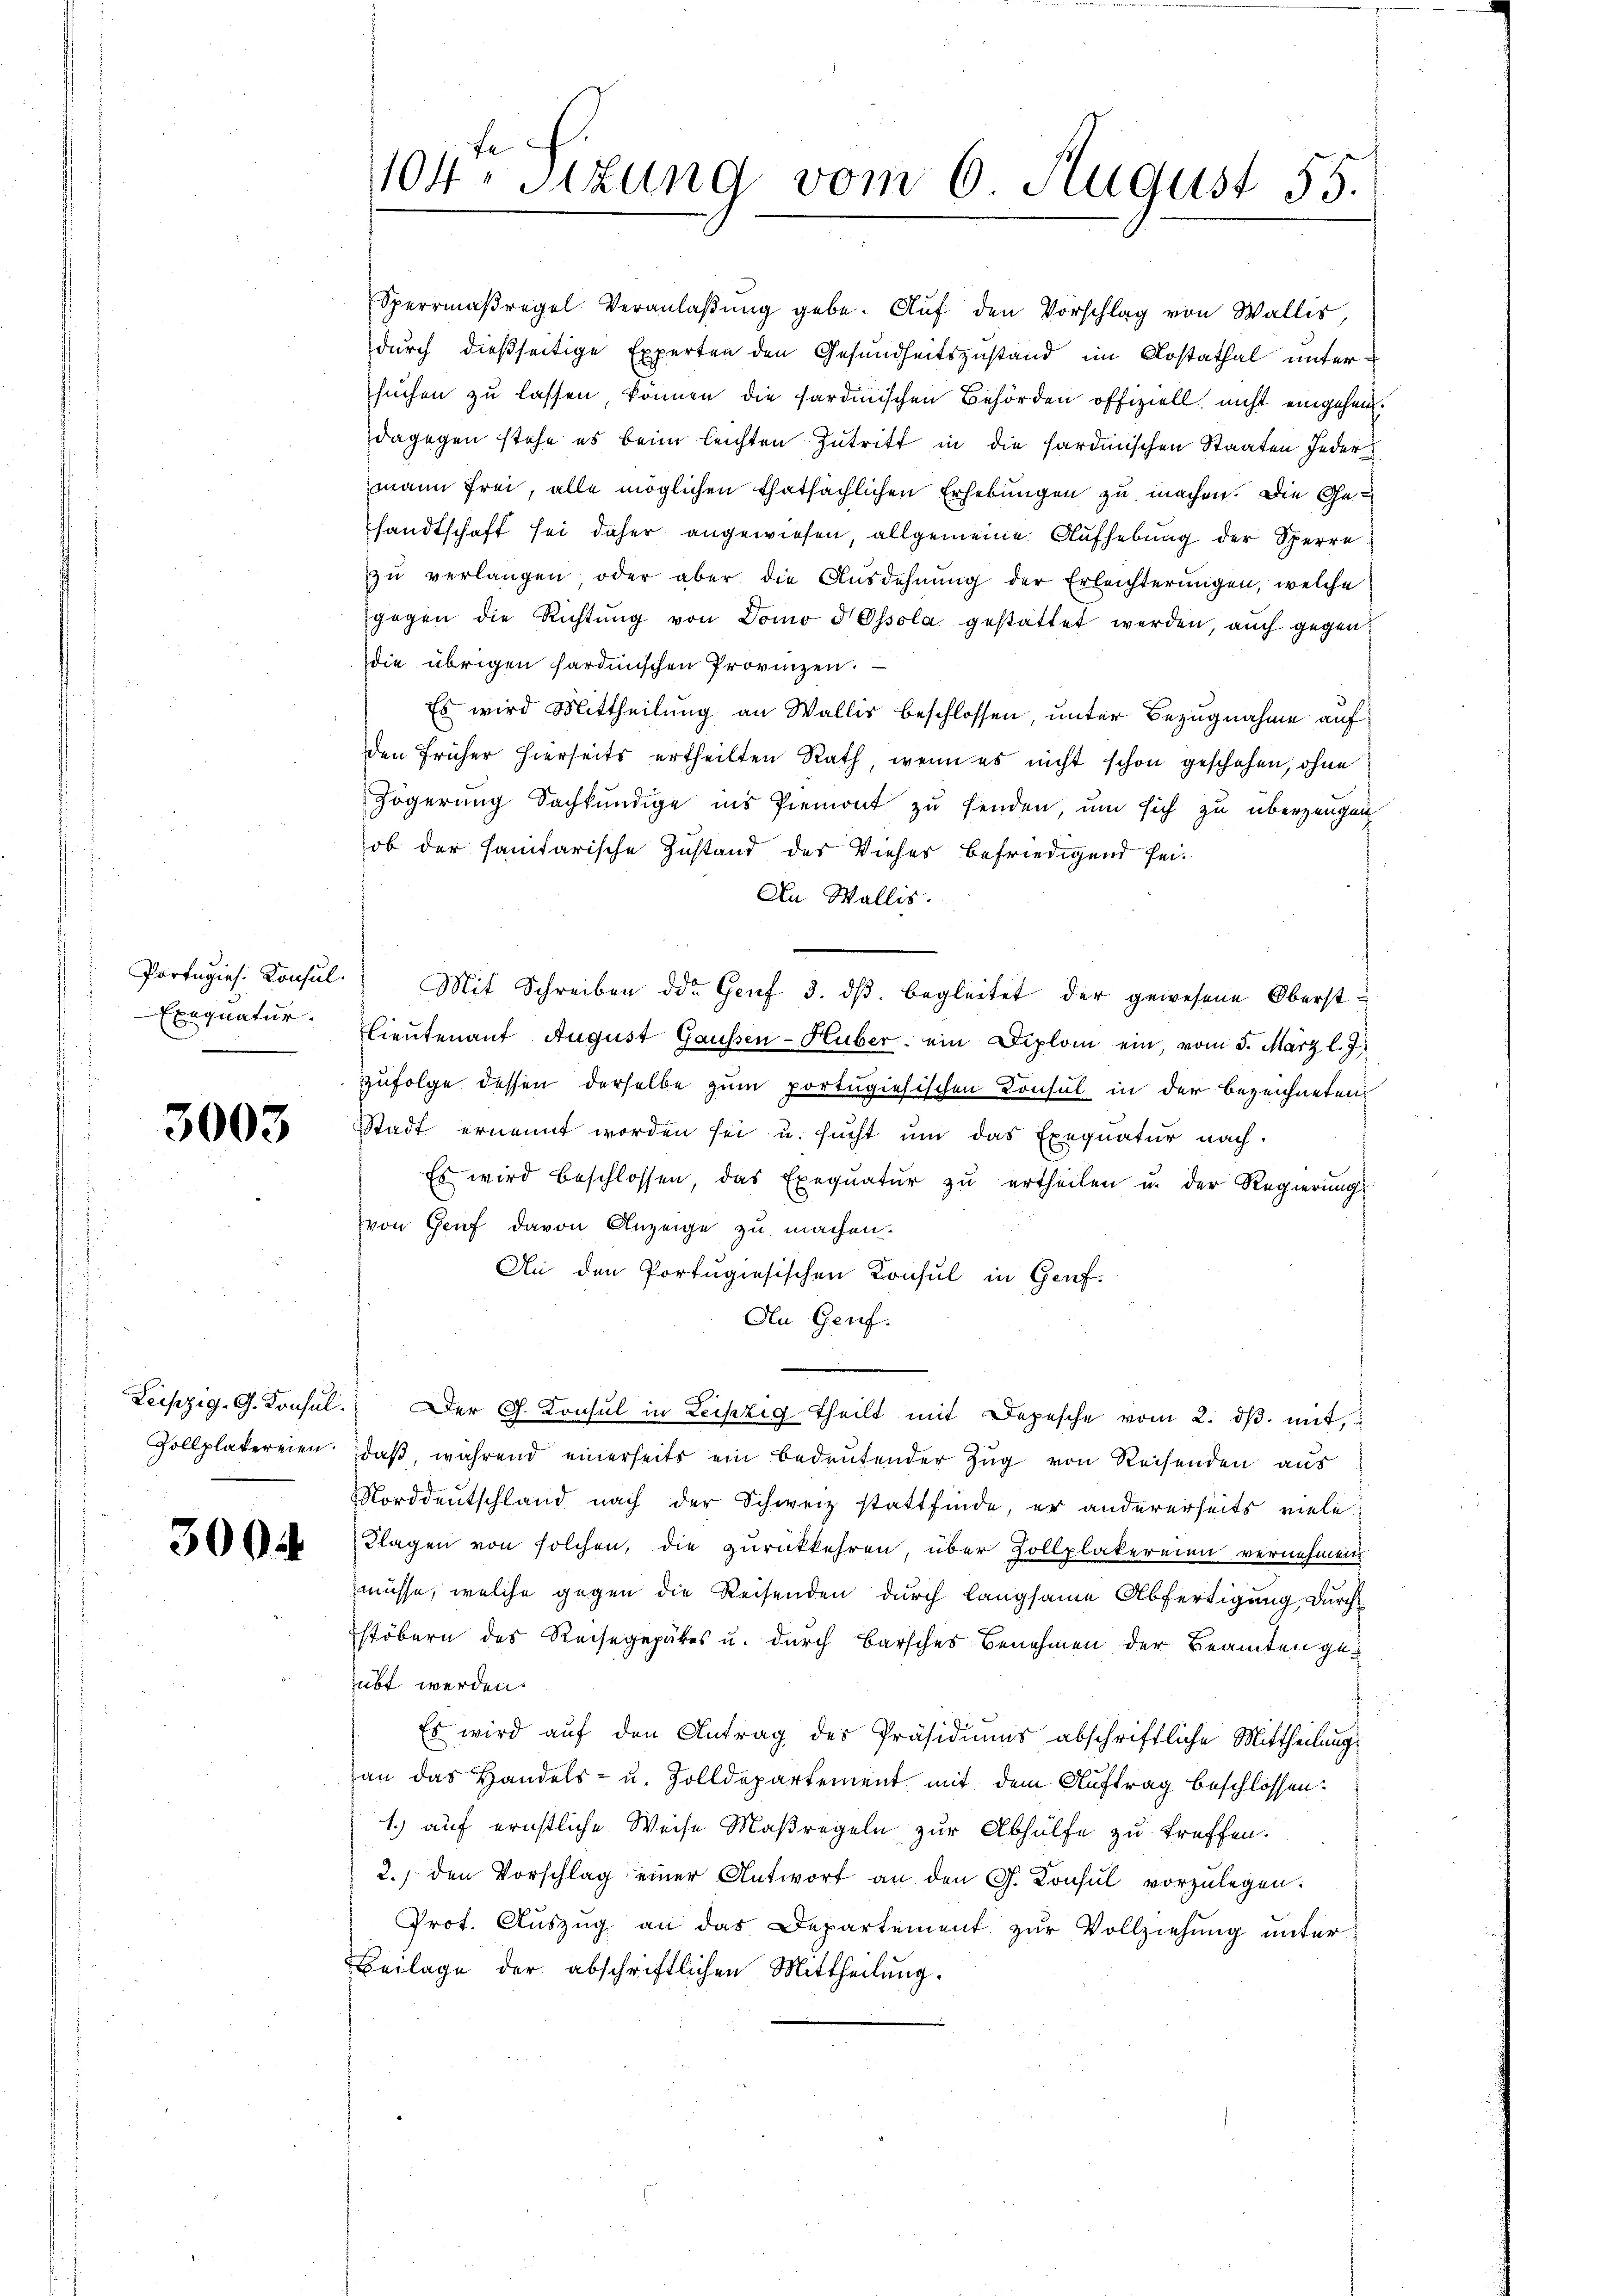
Portugies. Konsul
Exequatur.

3003

Leipzig. G. Konsul
Zollplakereien.

300

104. Sizung vom 6. August 55.

Sperrmaßregel Veranlaßung gebe. Auf den Vorschlag von Wallis,
durch dießseitige Experten den Gesundheitszustand im Kostathal unter
suchen zu lassen können die sardinischen Behörden offiziell nicht eingehen.
dagegen stehe es beim leichten Zutritt in die sardinischen Staaten Jedermann frei, alle möglichen thatsächlichen Erhebungen zu machen. Die Gesandtschaft sei daher angewiesen, allgemeine Aufhebung der Sperre
zŭ verlangen oder aber die Ausdehnung der Erleichterŭngen, welche
gegen die Richtŭng von Domo d Ossola gestattet werden, auch gegen
die übrigen sardinischen Provinzen.
Es wird Mittheilung an Wallis beschlossen unter Bezugnahme auf
den früher hierseits ertheilten Rath, wenn es nicht schon geschehen, ohne
Zögerung Sachkundige ins Piemont zu senden, um sich zu überzeugen
ob der sanitarische Zustand des Vieher befriedigend sei¬
An Wallis.
Mit Schreiben die Genf 3. dβ begleitet der gewesene Oberst¬
Lieutenant August Gaussen-Huber, ein Diplom ein, vom 5. März l. J.
zufolge dessen derselbe zum portugiesischen Konsul in der bezeichneten
Stadt ernennt worden sei u. sucht um das Exequatur nach.
Es wird beschlossen, das Exequatur zu ertheilen u. der Regierungs
von Genf davon Anzeige zu machen.
An den Portugisischen Konsul in Genf.
An Genf.
Der G. Konsul in Leipzig theilt mit Depesche vom 2. dβ. mit,
daß, während einerseits ein bedeutender Zug von Reisenden aus
Norddeutschland nach der Schweiz stattfinde, er andererseits viele
Klagen von solchen, die zurückkehren, über Zollplakereien vernehmen
müsse, welche gegen die Reisenden durch langsame Abfertigung, durchstöbern des Reisegepakes u. durch Barsches Benehmen der Beamten geübt werden.
Es wird aŭf den Antrag des Präsidiums abschriftliche Mittheilŭng
an das Handels- u. Zolldepartement mit dem Auftrag beschlossen:
1.) auf ernstliche Weise Maßregeln zur Abhülfe zu treffen.
2. den Vorschlag einer Antwort an den G. Konsul vorzŭlegen.
Prot. Auszug an das Departement zur Vollziehung unter
Beilage der abschriftlichen Mittheilung.